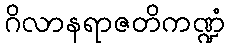
ဂိလာနရာဇတိကဏ္ဍံ